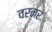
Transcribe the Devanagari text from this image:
वरनर